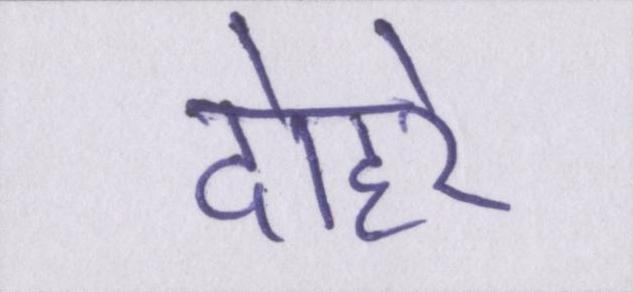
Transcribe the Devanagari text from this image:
दोहरे